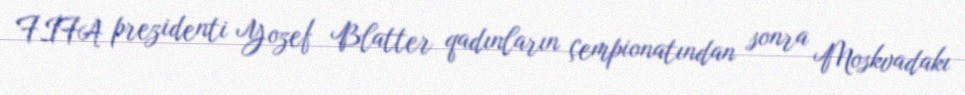
FİFA prezidenti Yozef Blatter qadınların çempionatından sonra Moskvadakı